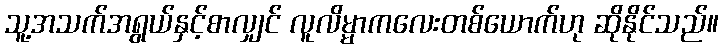
သူ့အသက်အရွယ်နှင့်စာလျှင် လူလိမ္မာကလေးတစ်ယောက်ဟု ဆိုနိုင်သည်။